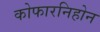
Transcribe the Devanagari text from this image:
कोफारनिहोन